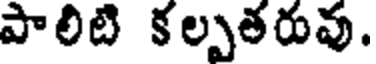
పాలిటి కల్పతరువు.